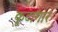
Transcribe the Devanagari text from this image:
कूटागार